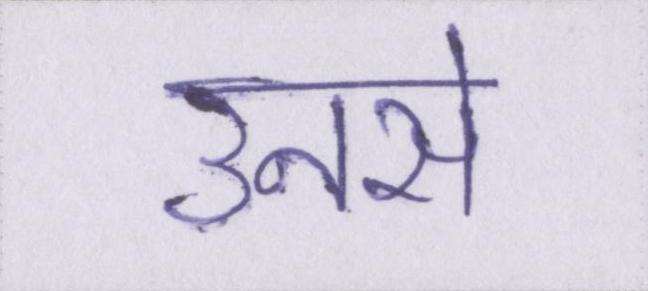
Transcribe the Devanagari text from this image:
उनसे